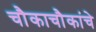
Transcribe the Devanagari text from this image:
चौकाचौकांचे